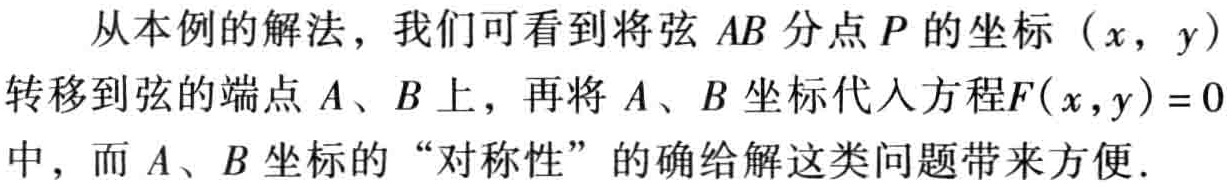
从本例的解法，我们可看到将弦 \(AB\) 分点 \(P\) 的坐标 \((x,y)\) 转移到弦的端点 \(A\)、\(B\) 上，再将 \(A\)、\(B\) 坐标代入方程\(F(x,y)=0\) 中，而 \(A\)、\(B\) 坐标的 “对称性” 的确给解这类问题带来方便.